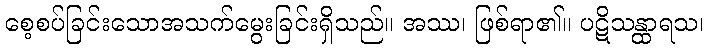
စေ့စပ်ခြင်းသောအသက်မွေးခြင်းရှိသည်။ အဿ၊ ဖြစ်ရာ၏။ ပဋိသန္ထာရသ၊